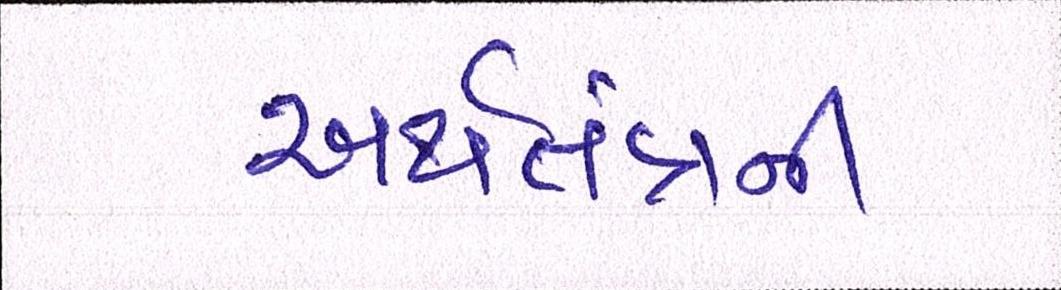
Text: અર્થતંત્રની